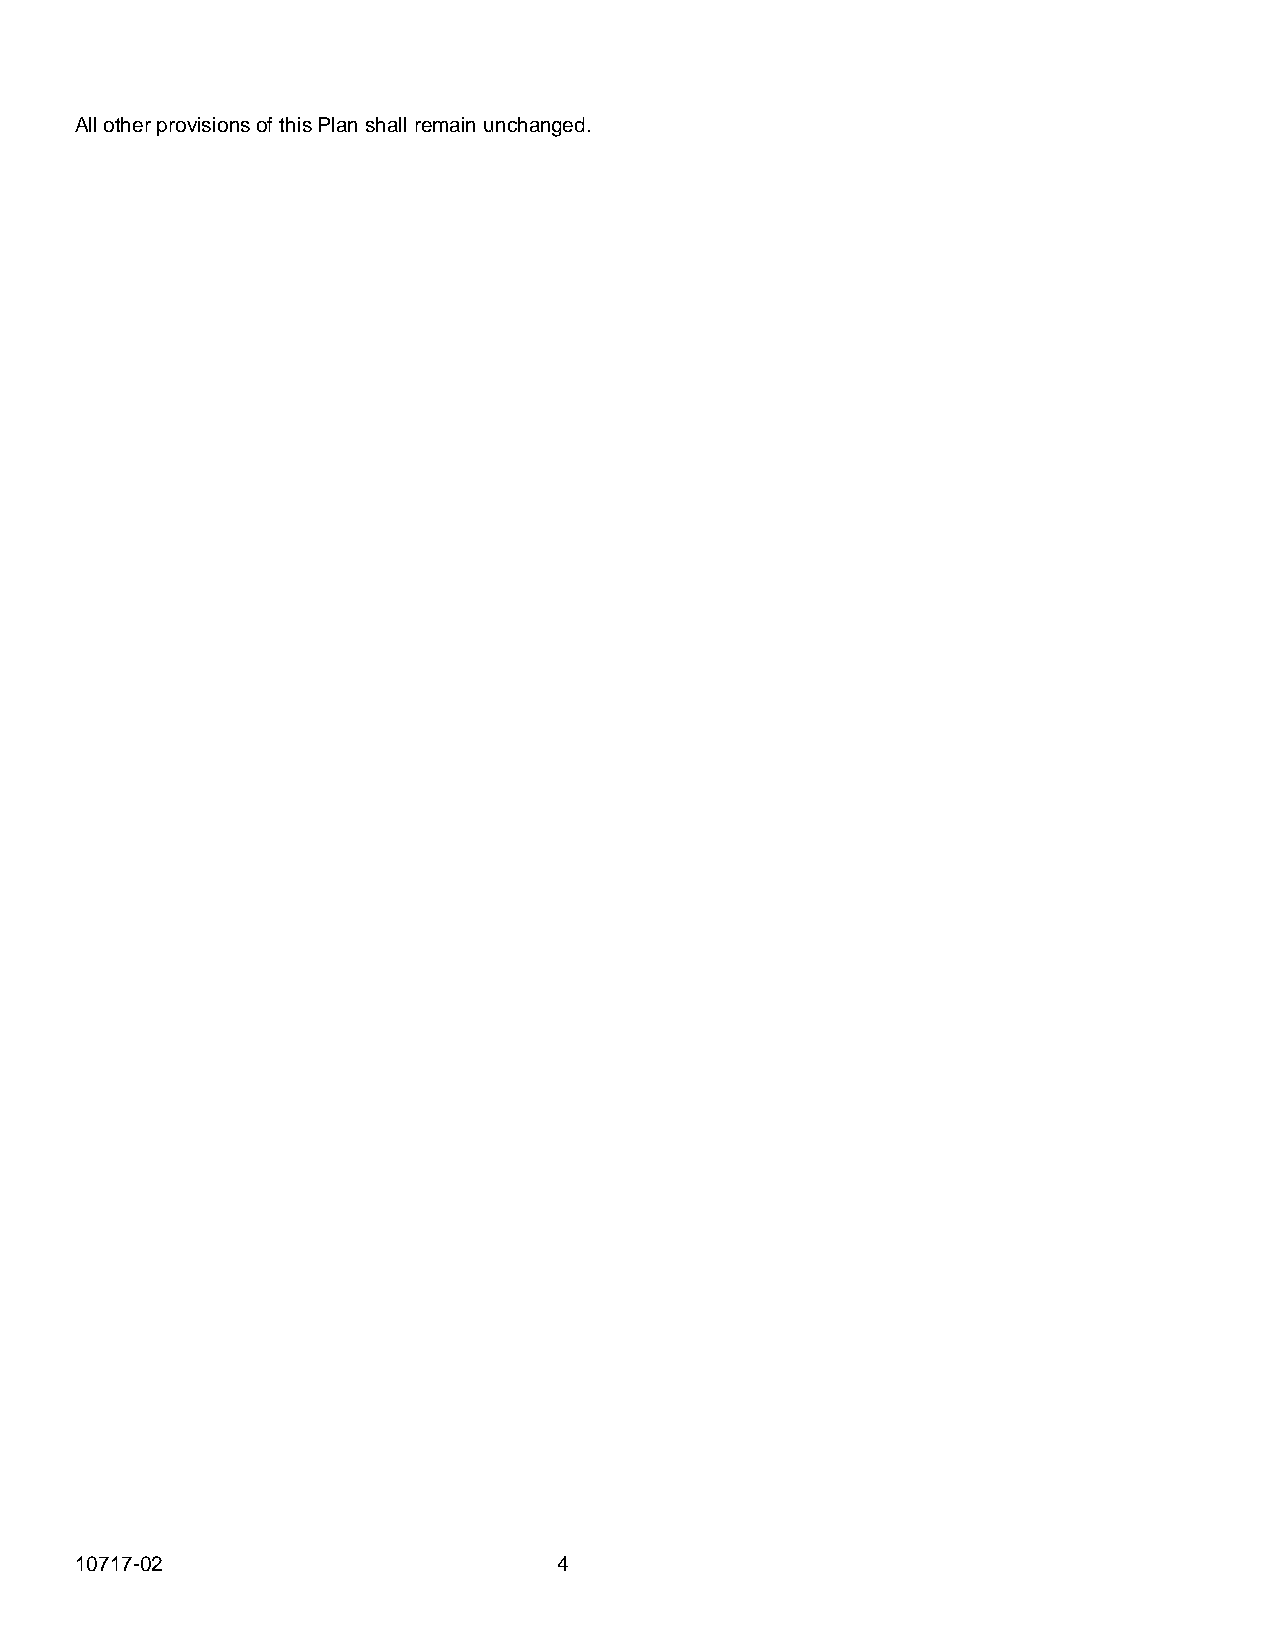
All other provisions of this Plan shall remain unchanged.
 10717-02                        4